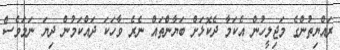
ރައްޔިތުންގެ މަޖިލީހުން އެކަމާ ދެކޮޅަށް ބަޔާންތައް ނެރެ ވާހަކަ ދައްކަމުން ދިޔަ ނަމަވެސް